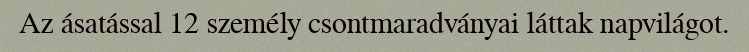
Az ásatással 12 személy csontmaradványai láttak napvilágot.